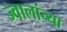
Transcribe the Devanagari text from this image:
ज्वालांच्या